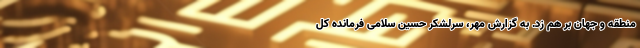
منطقه و جهان بر هم زد. به گزارش مهر، سرلشکر حسین سلامی فرمانده کل